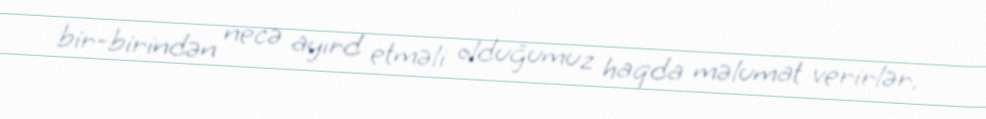
bir-birindən necə ayırd etməli olduğumuz haqda məlumat verirlər.